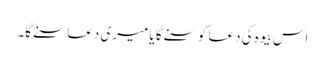
اس بیوہ کی دعا کو سنے گا یا میری دعا سنے گا۔